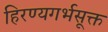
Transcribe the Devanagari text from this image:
हिरण्यगर्भसूक्त